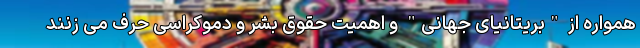
همواره از "بریتانیای جهانی" و اهمیت حقوق بشر و دموکراسی حرف می زنند